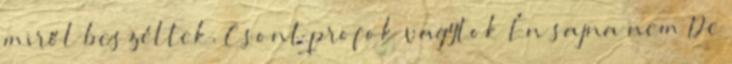
miről beszéltek. Csont profok vagytok Én sajna nem De